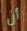
أن